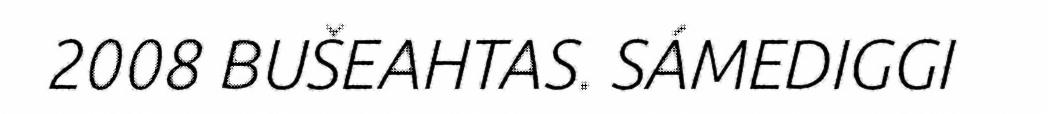
2008 BUŠEAHTAS. SÁMEDIGGI